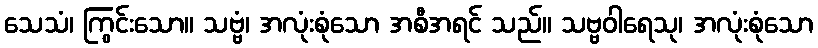
သေသံ၊ ကြွင်းသော။ သဗ္ဗံ၊ အလုံးစုံသော အစီအရင် သည်။ သဗ္ဗဝါရေသု၊ အလုံးစုံသော